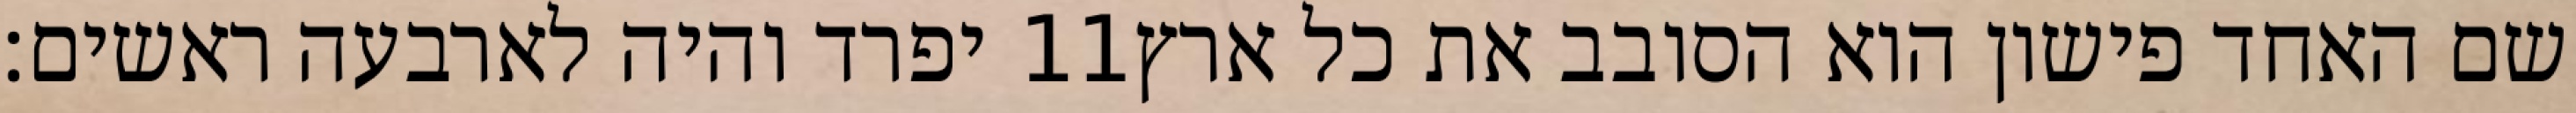
יפרד והיה לארבעה ראשים׃ ‎11‏ שם האחד פישון הוא הסובב את כל ארץ